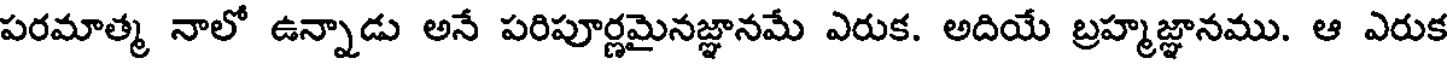
పరమాత్మ నాలో ఉన్నాడు అనే పరిపూర్ణమైనజ్ఞానమే ఎరుక. అదియే బ్రహ్మజ్ఞానము. ఆ ఎరుక